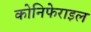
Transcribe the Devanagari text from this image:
कोनिफेराइल